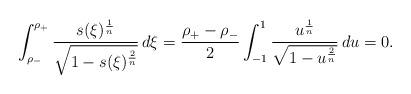
LaTeX: \begin{align*}\int_{\rho_-}^{\rho_+} \frac{s(\xi)^{\frac1n}}{\sqrt{1-s(\xi)^{\frac2n}}}\,d\xi = \frac{\rho_+-\rho_-}{2}\int_{-1}^1 \frac{u^{\frac1n}}{\sqrt{1-u^{\frac2n}}}\,du = 0.\end{align*}